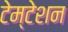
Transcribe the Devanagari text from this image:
टेम्टेशन